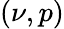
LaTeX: (\nu,p)